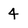
Character: 4